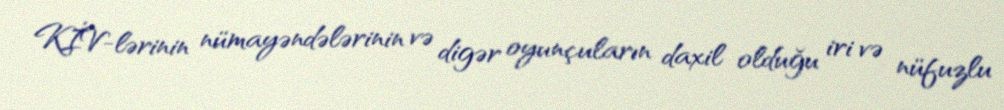
KİV-lərinin nümayəndələrinin və digər oyunçuların daxil olduğu iri və nüfuzlu